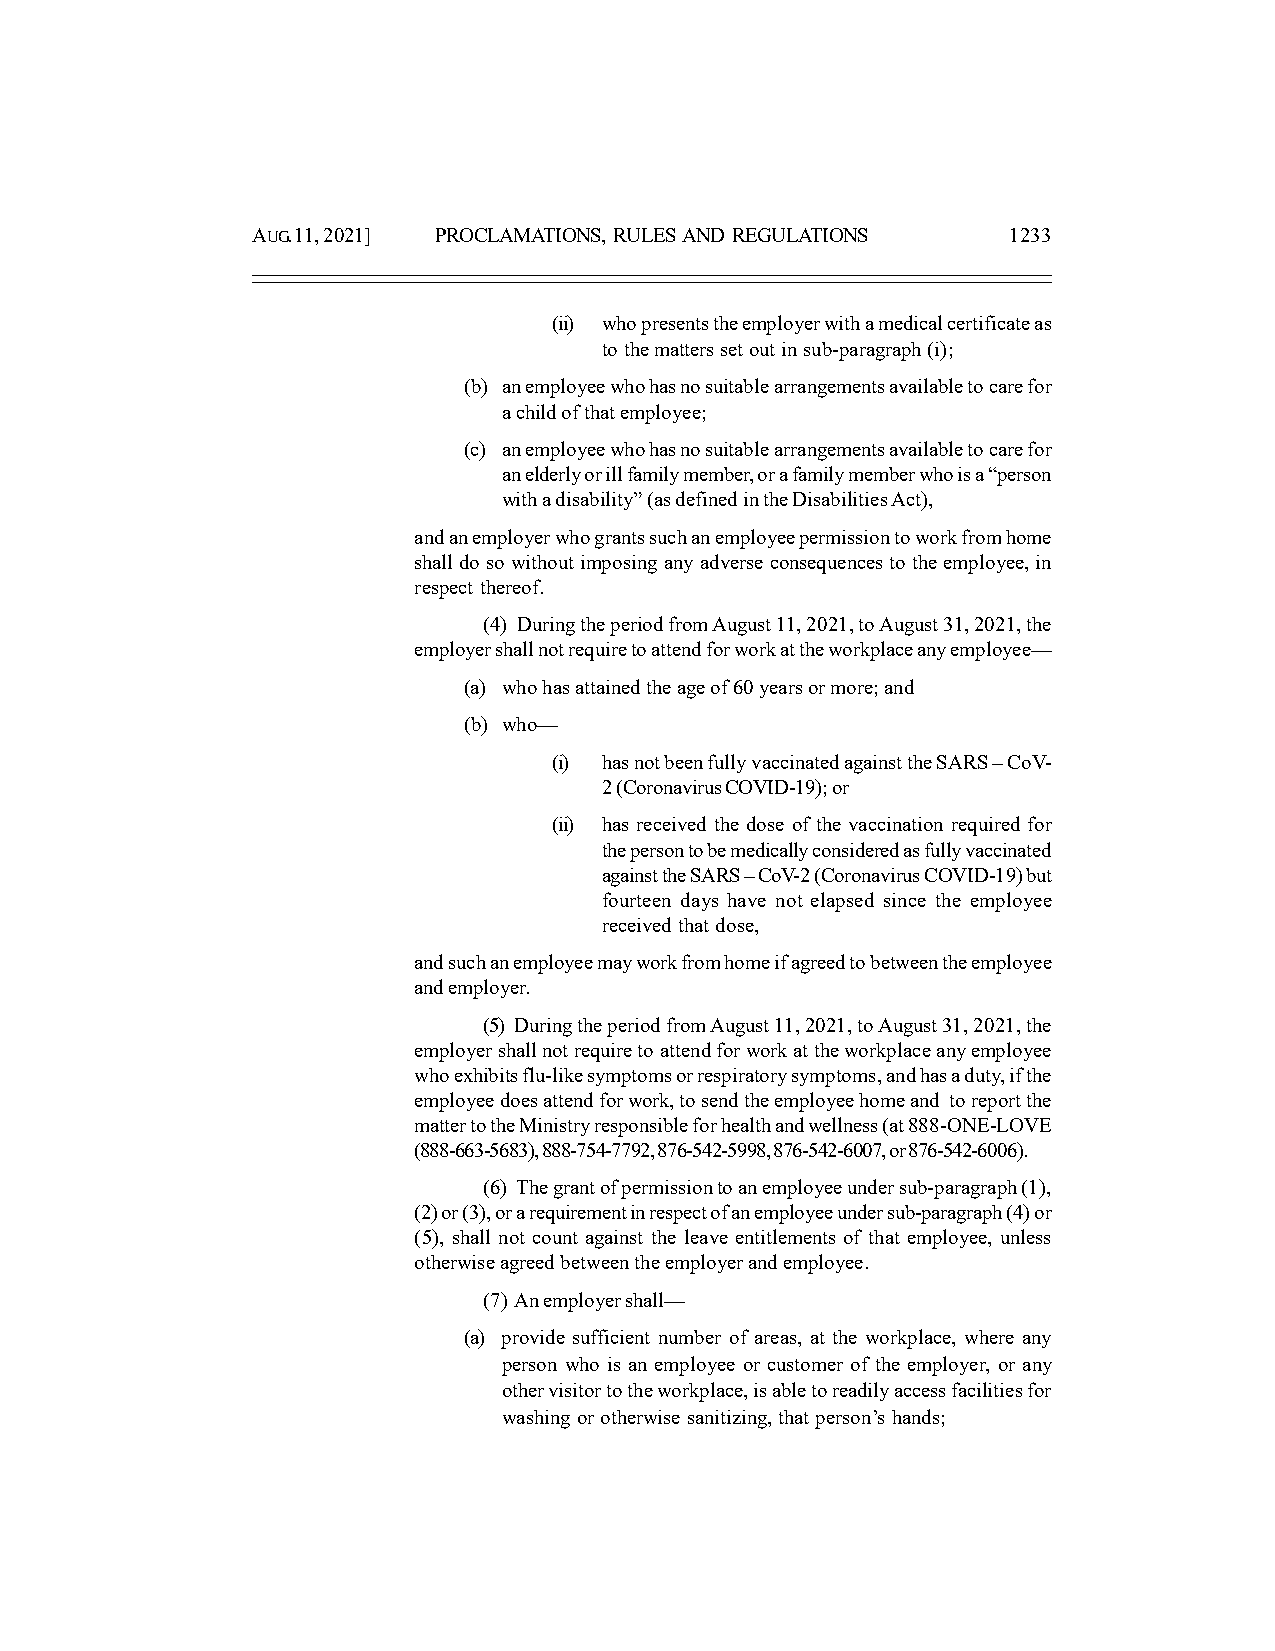
AUG. 11, 2021] PROCLAMATIONS, RULES AND REGULATIONS 1233
 (ii) who presents the employer with a medical certificate as
 to the matters set out in sub-paragraph (i);
 (b) an employee who has no suitable arrangements available to care for
 a child of that employee;
 (c) an employee who has no suitable arrangements available to care for
 an elderly or ill family member, or a family member who is a “person
 with a disability” (as defined in the Disabilities Act),
 and an employer who grants such an employee permission to work from home
 shall do so without imposing any adverse consequences to the employee, in
 respect thereof.
 (4) During the period from August 11, 2021, to August 31, 2021, the
 employer shall not require to attend for work at the workplace any employee—
 (a) who has attained the age of 60 years or more; and
 (b) who—
 (i) has not been fully vaccinated against the SARS – CoV-
 2 (Coronavirus COVID-19); or
 (ii) has received the dose of the vaccination required for
 the person to be medically considered as fully vaccinated
 against the SARS – CoV-2 (Coronavirus COVID-19) but
 fourteen days have not elapsed since the employee
 received that dose,
 and such an employee may work from home if agreed to between the employee
 and employer.
 (5) During the period from August 11, 2021, to August 31, 2021, the
 employer shall not require to attend for work at the workplace any employee
 who exhibits flu-like symptoms or respiratory symptoms, and has a duty, if the
 employee does attend for work, to send the employee home and to report the
 matter to the Ministry responsible for health and wellness (at 888-ONE-LOVE
 (888-663-5683), 888-754-7792, 876-542-5998, 876-542-6007, or 876-542-6006).
 (6) The grant of permission to an employee under sub-paragraph (1),
 (2) or (3), or a requirement in respect of an employee under sub-paragraph (4) or
 (5), shall not count against the leave entitlements of that employee, unless
 otherwise agreed between the employer and employee.
 (7) An employer shall—
 (a) provide sufficient number of areas, at the workplace, where any
 person who is an employee or customer of the employer, or any
 other visitor to the workplace, is able to readily access facilities for
 washing or otherwise sanitizing, that person’s hands;